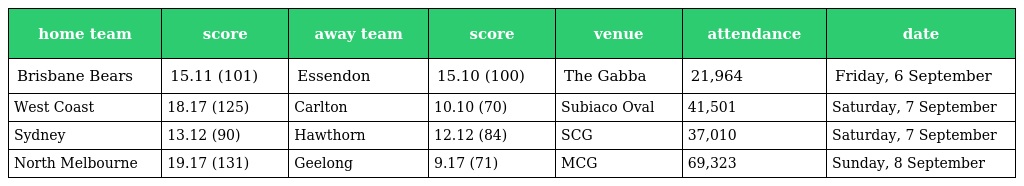
| home team | score | away team | score | venue | attendance | date |
 | --- | --- | --- | --- | --- | --- | --- |
 | Brisbane Bears | 15.11 (101) | Essendon | 15.10 (100) | The Gabba | 21,964 | Friday, 6 September |
 | West Coast | 18.17 (125) | Carlton | 10.10 (70) | Subiaco Oval | 41,501 | Saturday, 7 September |
 | Sydney | 13.12 (90) | Hawthorn | 12.12 (84) | SCG | 37,010 | Saturday, 7 September |
 | North Melbourne | 19.17 (131) | Geelong | 9.17 (71) | MCG | 69,323 | Sunday, 8 September |